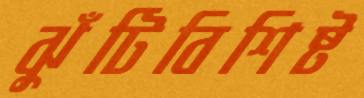
ঝুঁটিবিশিষ্ট